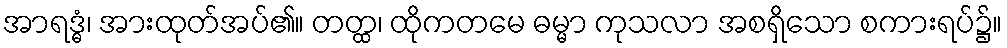
အာရဒ္ဓံ၊ အားထုတ်အပ်၏။ တတ္ထ၊ ထိုကတမေ ဓမ္မာ ကုသလာ အစရှိသော စကားရပ်၌။